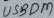
Text: USBDM